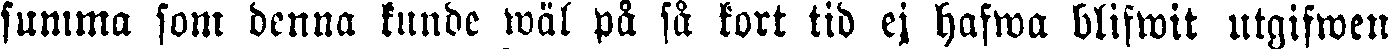
summa som denna kunde wäl på så kort tid ej hafwa blifwit utgifwen